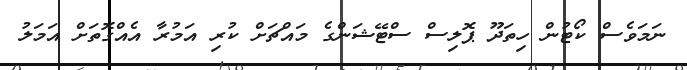
ނަމަވެސް ކޯޓުން ހިތަދޫ ޕޮލިސް ސްޓޭޝަންގެ މައްޗަށް ކުރި އަމުރާ އެއްގޮތަށް އަމަލު